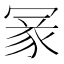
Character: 𠖔